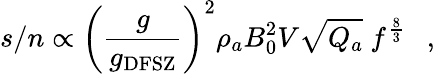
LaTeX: s/n\propto\left({\frac{g}{g_{\mathrm{DFSZ}}}}\right)^{2}\rho_{a}B_{0}^{2}V\sqrt{Q_{a}}~f^{\frac{8}{3}}~~\ ,